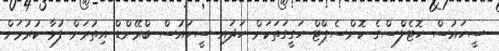
ސީހައުސް ހޮޓެލްސްގެ ކޮންސެޕްޓް ހަގީގަތަކަށް ހަދައި ސީހައުސް ބްރޭންޑް އިތުރަށް ފުޅާ ކުރުމަށް